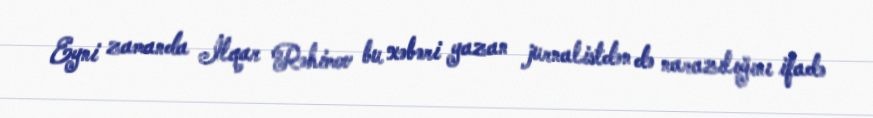
Eyni zamanda İlqar Rəhimov bu xəbəri yazan jurnalistdən də narazılığını ifadə